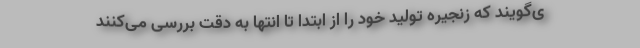
ی‌گویند که زنجیره تولید خود را از ابتدا تا انتها به دقت بررسی می‌کنند